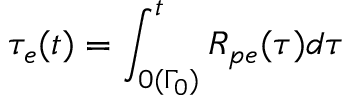
\tau _ { e } ( t ) = \int _ { 0 ( \Gamma _ { 0 } ) } ^ { t } R _ { p e } ( \tau ) d \tau